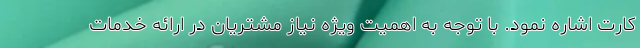
کارت اشاره نمود. با توجه به اهمیت ویژه نیاز مشتریان در ارائه خدمات